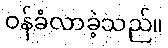
ဝန်ခံလာခဲ့သည်။